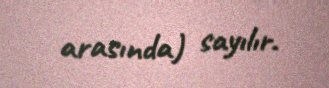
arasında) sayılır.